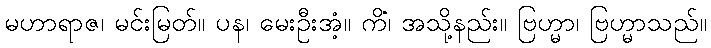
မဟာရာဇ၊ မင်းမြတ်။ ပန၊ မေးဦးအံ့။ ကိံ၊ အသို့နည်း။ ဗြဟ္မာ၊ ဗြဟ္မာသည်။